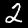
Label: 2